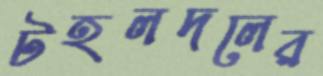
টহলদলের